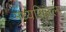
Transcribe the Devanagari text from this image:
मध्यशिरेला